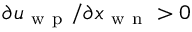
\partial u _ { \mathrm { ~ w ~ p ~ } } / \partial x _ { \mathrm { ~ w ~ n ~ } } > 0